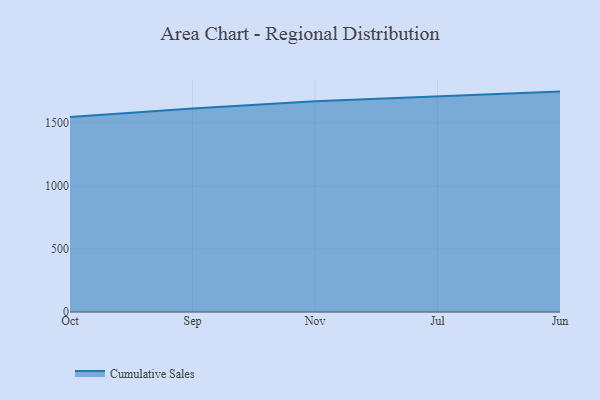
{"axis": {"x": "Month", "y": "Customer Acquisition Cost (USD)"}, "legend": ["Cumulative Sales"], "data": [{"x": "Oct", "y": 1547.9, "type": "Cumulative Sales"}, {"x": "Sep", "y": 1613.9, "type": "Cumulative Sales"}, {"x": "Nov", "y": 1671.5, "type": "Cumulative Sales"}, {"x": "Jul", "y": 1710.9, "type": "Cumulative Sales"}, {"x": "Jun", "y": 1748.8, "type": "Cumulative Sales"}]}